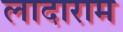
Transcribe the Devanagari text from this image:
लादाराम